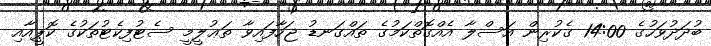
ބުދަދުވަހުގެ 14:00 ގެކުރިން އަސްލާ އެއްގޮތްކަމުގެ ތައްގަނޑު ޖަހާފައިވާ ތަޢުލީމީ ސެޓުފިކެޓުތަކުގެ ކޮޕީއާއި